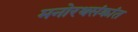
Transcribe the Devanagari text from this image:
मनोरथसंक्रांत